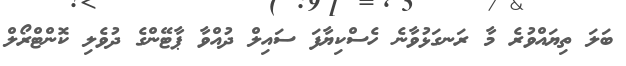
ބަލަ ތިޔައްވުރެ މާ ރަނގަޅުވާނެ ހެސްކިޔާފަ ސައިލް ދުއްވާ ޕާޓޭންގެ ދުވެލި ކޮންޓްރޯލް